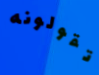
تقولونه